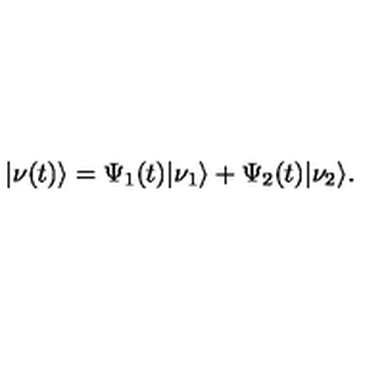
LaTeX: | \nu ( t ) \rangle = \Psi _ { 1 } ( t ) | \nu _ { 1 } \rangle + \Psi _ { 2 } ( t ) | \nu _ { 2 } \rangle .